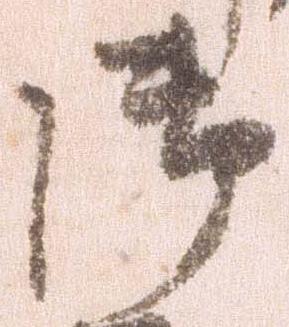
御